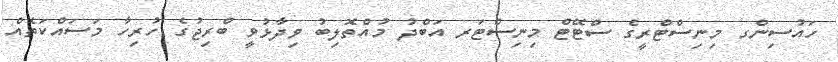
ހައުސިންގ މިނިސްޓްރީގެ ސްޓޭޓް މިނިސްޓަރ އަބްދު މުއްތޮލިބު ވިދާޅުވީ ބްރިޖުގެ ހުރިހާ މަސައްކަތެއް